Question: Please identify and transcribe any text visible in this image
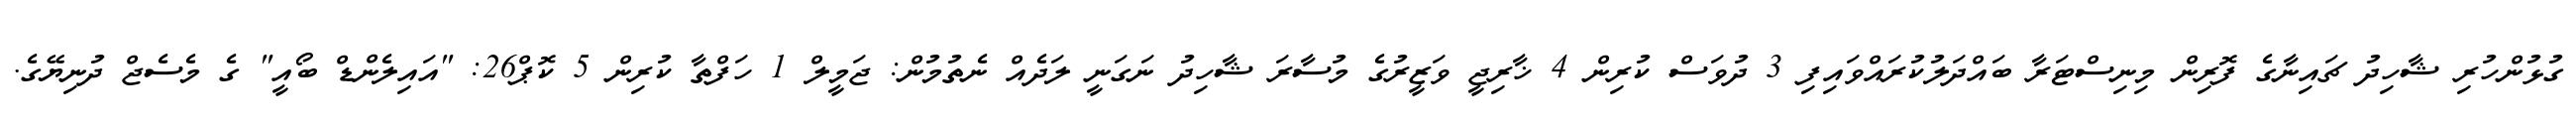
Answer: ގުޅުންހުރި ޝާހިދު ޗައިނާގެ ފޮރިން މިނިސްޓަރާ ބައްދަލުކުރައްވައިފި 3 ދުވަސް ކުރިން 4 ޚާރިޖީ ވަޒީރުގެ މުސާރަ ޝާހިދު ނަގަނީ ލަދެއް ނެތުމުން: ޖަމީލް 1 ހަފްތާ ކުރިން 5 ކޮޕް26: "އައިލެންޑް ބޯއީ" ގެ މެސެޖް ދުނިޔޭގެ.